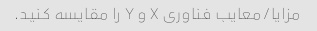
مزایا/معایب فناوری X و Y را مقایسه کنید.